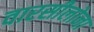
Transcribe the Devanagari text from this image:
वारसीलोना